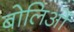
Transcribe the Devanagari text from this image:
बोलिओं